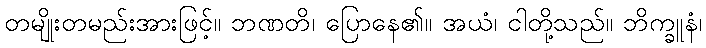
တမျိုးတမည်းအားဖြင့်။ ဘဏတိ၊ ပြောနေ၏။ အယံ၊ ငါတို့သည်။ ဘိက္ခူနံ၊